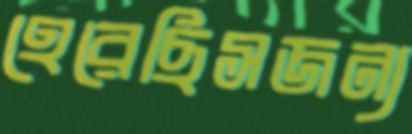
হেরেছিসজন্য